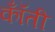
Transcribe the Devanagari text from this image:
कॉँती